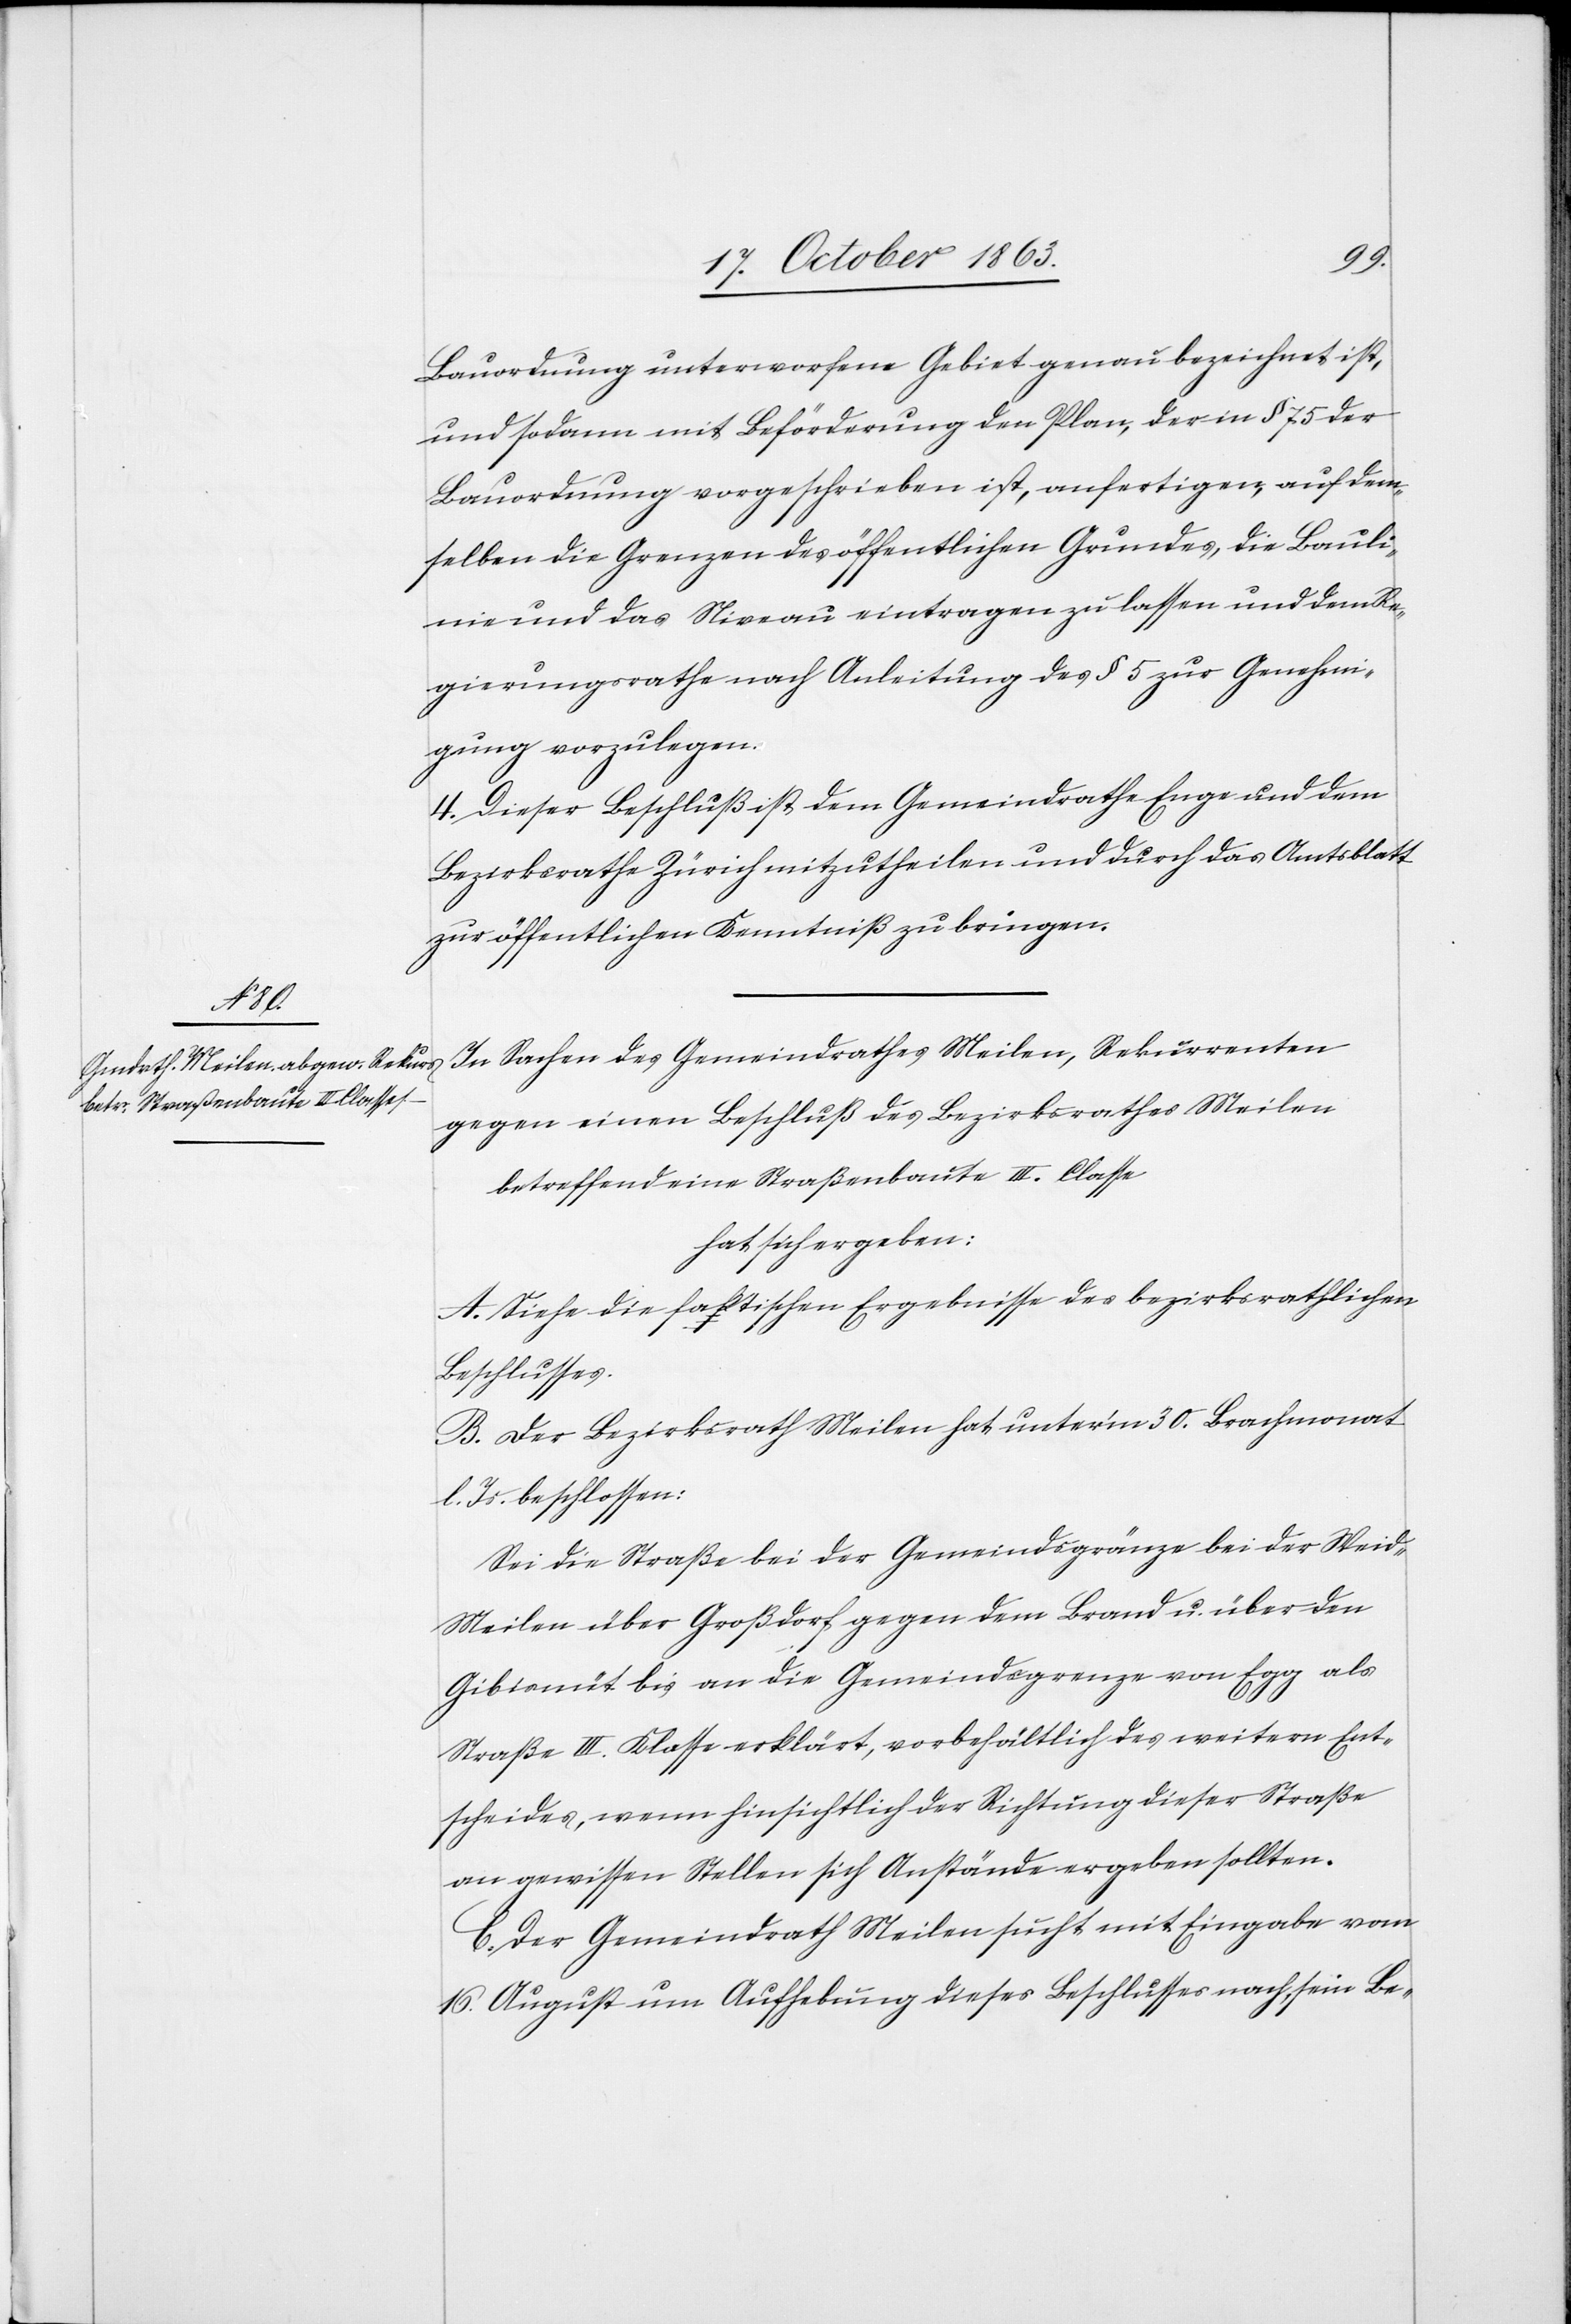
Bauordnung unterworfene Gebiet genau bezeichnet ist,
und sodann mit Beförderung den Plan, der in § 75 der
Bauordnung vorgeschrieben ist, anfertigen, auf dem¬
selben die Grenzen des öffentlichen Grundes, die Bauli¬
nie und das Niveau eintragen zu lassen und dem Re¬
gierungsrathe nach Anleitung des § 5 zur Genehmi¬
gung vorzulegen.
4. Dieser Beschluß ist dem Gemeindrathe Enge und dem
Bezirksrathe Zürich mitzutheilen und durch das Amtsblatt
zur öffentlichen Kenntniß zu bringen.
In Sachen des Gemeindrathes Meilen, Rekurrenten
gegen einen Beschluß des Bezirksrathes Meilen
betreffend eine Straßenbaute III. Classe
hat sich ergeben:
A. Siehe die faktischen Ergebnisse des bezirksrathlichen
Beschlusses.
B. Der Bezirksrath Meilen hat unter'm 30. Brachmonat
l. Js. beschlossen:
Sei die Straße bei der Gemeindsgränze bei der Wei¬
d-Meilen über Großdorf gegen dem Brand u. über den
Gibisnüt bis an die Gemeindsgrenze von Egg als
Straße III. Klasse erklärt, vorbehältlich des weitern Ent¬
scheides, wenn hinsichtlich der Richtung dieser Straße
an gewissen Stellen sich Anstände ergeben sollten.
C. Der Gemeindrath Meilen sucht mit Eingabe vom
16. August um Aufhebung dieses Beschlusses nach, sein Be-